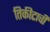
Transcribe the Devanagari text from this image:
तिकीटाची